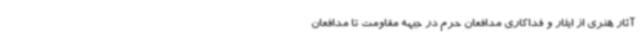
آثار هنری از ایثار و فداکاری مدافعان حرم در جبهه مقاومت تا مدافعان